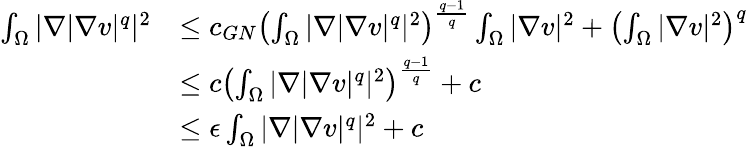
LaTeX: \begin{array}{rl}{\int_{\Omega}|\nabla|\nabla v|^{q}|^{2}}&{\leq c_{GN}\left(\int_{\Omega}|\nabla|\nabla v|^{q}|^{2}\right)^{\frac{q-1}{q}}\int_{\Omega}|\nabla v|^{2}+\left(\int_{\Omega}|\nabla v|^{2}\right)^{q}}\\ &{\leq c\left(\int_{\Omega}|\nabla|\nabla v|^{q}|^{2}\right)^{\frac{q-1}{q}}+c}\\ &{\leq\epsilon\int_{\Omega}|\nabla|\nabla v|^{q}|^{2}+c}\end{array}